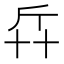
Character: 𠦛